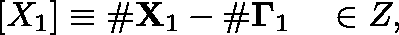
\begin{array} { r } { [ X _ { 1 } ] \equiv \# \mathbf { X } _ { 1 } - \# \mathbf { \Gamma } _ { 1 } \quad \in \mathbb { Z } , } \end{array}